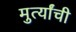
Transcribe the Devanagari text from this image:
मुर्त्यांची